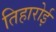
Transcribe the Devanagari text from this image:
तिहारोई